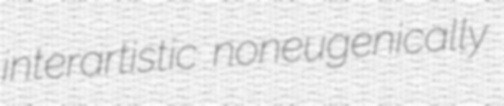
interartistic noneugenically